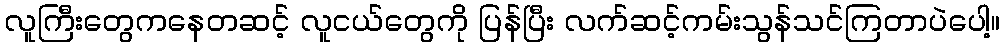
လူကြီးတွေကနေတဆင့် လူငယ်တွေကို ပြန်ပြီး လက်ဆင့်ကမ်းသွန်သင်ကြတာပဲပေါ့။